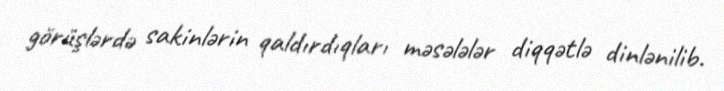
görüşlərdə sakinlərin qaldırdıqları məsələlər diqqətlə dinlənilib.